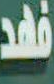
فهد